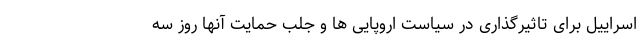
اسراییل برای تاثیرگذاری در سیاست اروپایی ها و جلب حمایت آنها روز سه